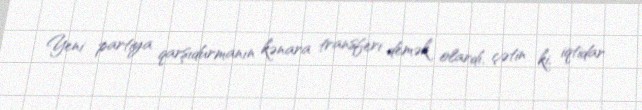
Yeni partiya qarşıdurmanın kənara transferi demək olardı, çətin ki, iqtidar